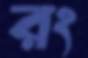
রং